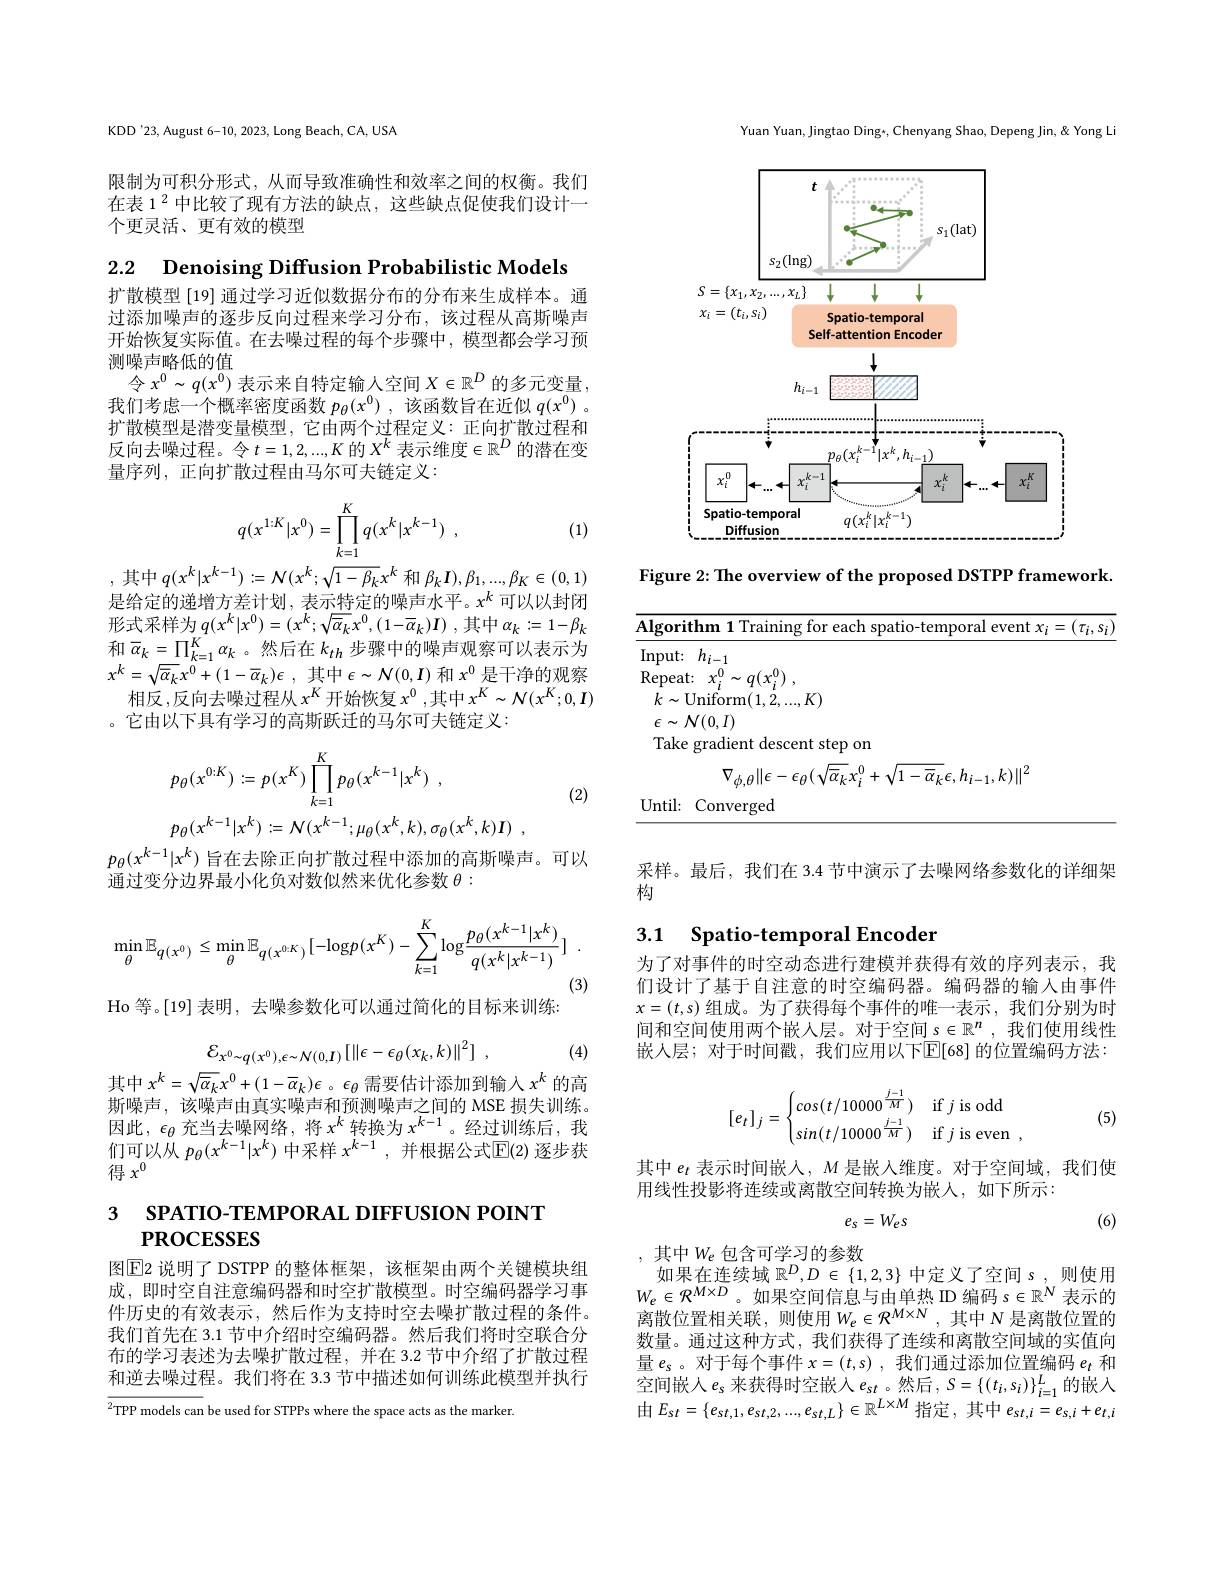
KDD'23, August 6-10, 2023, Long Beach, CA, USA

限制为可积分形式，从而导致准确性和效率之间的权衡。我们在表 1$^{2}$中比较了现有方法的缺点，这些缺点促使我们设计一个更灵活、更有效的模型

2.2 Denoising Diffusion Probabilistic Models

扩散模型 [19] 通过学习近似数据分布的分布来生成样本。通过添加噪声的逐步反向过程来学习分布，该过程从高斯噪声开始恢复实际值。在去噪过程的每个步骤中，模型都会学习预测噪声略低的值
令$x^0\sim q(x^0)$表示来自特定输人空间$X\in\mathbb{R}^D$的多元变量， 我们考虑一个概率密度函数$p_\theta(x^0)$ ,该函数旨在近似$q(x^0)$ 。扩散模型是潜变量模型，它由两个过程定义：正向扩散过程和反向去噪过程。令$t=1,2,...,K$的$X^k$表示维度$\in\mathbb{R}^D$的潜在变量序列，正向扩散过程由马尔可夫链定义：
$$q(x^{1:K}|x^0)=\prod\limits_{k=1}^Kq(x^k|x^{k-1})\:,$$
(1)

,其中$q(x^k|x^{k-1}):=\mathcal{N}(x^k;\sqrt{1-\beta_k}x^k$和$\beta_kI),\beta_1,...,\beta_K\in(0,1)$ 是给定的递增方差计划，表示特定的噪声水平。$x^k$可以以封闭形式采样为$q( x^k| x^0) = ( x^k; \sqrt {\overline {\alpha }_k}x^0, ( 1- \overline {\alpha }_k) I)$ ,其中$\alpha_k:=1-\beta_k$ 和$\overline{\alpha}_k=\prod_{k=1}^K\alpha_k$ 。然后在$k_{th}$步骤中的噪声观察可以表示为$x^{k}= \sqrt {\overline {\alpha }_{k}}x^{0}+ ( 1- \overline {\alpha }_{k}) \epsilon$ , $\underset {\nu }{\operatorname* { \operatorname* { \text{其 中 }} } }\epsilon \sim \mathcal{N} ( 0, I)$ 和 $x^{0}$ $\underset {\nu }{\operatorname* { \operatorname* { \operatorname* { \operatorname* { \operatorname* { \operatorname* { = } } } } } } }$
相反，反向去噪过程从$x^K$开始恢复$x^0$,其中$x^K\sim\mathcal{N}(x^K;0,I)$
。它由以下具有学习的高斯跃迁的马尔可夫链定义：
$$\begin{aligned}&p_{\theta}(x^{0:K}):=p(x^{K})\prod_{k=1}^{K}p_{\theta}(x^{k-1}|x^{k})\:,\\&p_{\theta}(x^{k-1}|x^{k}):=\mathcal{N}(x^{k-1};\mu_{\theta}(x^{k},k),\sigma_{\theta}(x^{k},k)I)\:,\end{aligned}$$
(2)

$p_\theta(x^{k-1}|x^k)$旨在去除正向扩散过程中添加的高斯噪声。可以
通过变分边界最小化负对数似然来优化参数$\theta:$
$$\min_{\theta}\mathbb{E}_{q(x^{0})}\leq\min_{\theta}\mathbb{E}_{q(x^{0:K})}[-\log p(x^{K})-\sum_{k=1}^{K}\log\frac{p_{\theta}(x^{k-1}|x^{k})}{q(x^{k}|x^{k-1})}]\:.$$
Ho 等。[19] 表明，去噪参数化可以通过简化的目标来训练：
$$\mathcal{E}_{x^0\sim q(x^0),\epsilon\sim\mathcal{N}(0,I)}[\|\epsilon-\epsilon_\theta(x_k,k)\|^2]\:,$$
(4)

其中$x^k=\sqrt{\overline{\alpha}_k}x^0+(1-\overline{\alpha}_k)\epsilon$ 。$\epsilon_\theta$需要估计添加到输入$x^k$的高斯噪声，该噪声由真实噪声和预测噪声之间的 MSE 损失训练。因此$,\epsilon_\theta$充当去噪网络，将$x^k$转换为$x^k-1$。经过训练后，我们可以从$p_\theta(x^k-1|x^k)$中采样$x^k-1$,并根据公式$\mathbb{E}(2)$逐步获得$x^0$

## 3 SPATIO-TEMPORAL DIFFUSION POINT $PROCESSES$

图$\boxed{\mathrm{E}}$2 说明了 DSTPP 的整体框架，该框架由两个关键模块组成，即时空自注意编码器和时空扩散模型。时空编码器学习事件历史的有效表示，然后作为支持时空去噪扩散过程的条件。我们首先在 3.1 节中介绍时空编码器。然后我们将时空联合分布的学习表述为去噪扩散过程，并在 3.2 节中介绍了扩散过程和逆去噪过程。我们将在 3.3 节中描述如何训练此模型并执行

$^{2}$TPP models can be used for STPPs where the space acts as the marker.

Yuan Yuan, Jingtao Ding*, Chenyang Shao, Depeng Jin, & Yong Li

<FigureHere>

Figure 2: The overview of the proposed DSTPP framework.

<table>
	<tbody>
		<tr>
			<th>$\mathbf{A}\mathbf{I}$</th>
			<th>Algorithm 1 Training for each spatio-temporal</th>
			<th>aining for each spatio-temporal event $x_i=(\tau_i,s_i)$</th>
		</tr>
		<tr>
			<td>$Ir$</td>
			<td>$Input:$ $h_{i-1}$</td>
			<td> </td>
		</tr>
		<tr>
			<td> </td>
			<td>Take gradient descent step on $\nabla_{\phi\:\theta}\|\epsilon-\epsilon_{\theta}(\sqrt{\overline{\alpha}_{k}}x_{i}^{0}+\sqrt{1-\overline{\alpha}_{k}}\epsilon,h_{i}.$</td>
			<td>descent step on $\|\epsilon-\epsilon_{\theta}(\sqrt{\overline{\alpha}_{k}}x_{i}^{0}+\sqrt{1-\overline{\alpha}_{k}}\epsilon,h_{i-1},k)\|^{2}$</td>
		</tr>
		<tr>
			<td>$U$</td>
			<td>$Until:$ Converged</td>
			<td> fed</td>
		</tr>
	</tbody>
</table>

采样。最后，我们在 3.4 节中演示了去噪网络参数化的详细架
构

### 3.1 Spatio-temporal Encoden

为了对事件的时空动态进行建模并获得有效的序列表示，我们设计了基于自注意的时空编码器。编码器的输入由事件$x=(t,s)$组成。为了获得每个事件的唯一表示，我们分别为时间和空间使用两个嵌人层。对于空间$s\in\mathbb{R}^n$,我们使用线性嵌人层；对于时间戳，我们应用以下$\overline{\mathbb{E}}[68]$ 的位置编码方法：
$$[e_t]_j=\begin{cases}cos(t/10000^{\frac{j-1}{M}})&\text{if}j\text{is odd}\\sin(t/10000^{\frac{j-1}{M}})&\text{if}j\text{is even}\:,\end{cases}$$
(5)

其中$e_t$表示时间嵌人，$M$是嵌入维度。对于空间域，我们使
用线性投影将连续或离散空间转换为嵌人，如下所示：
$$e_{s}=W_{es}$$
(6)

,其中$W_e$包含可学习的参数
如 果 在 连 续 域 $\mathbb{R} ^{D}, D\in \{ 1, 2, 3\}$中 定 义 了 空 间 $s$,则 使 用 $W_{e}\in \mathcal{R} ^{M\times D}$。如 果 空 间 信 息 与 由 单 热 ID 编 码 $s\in \mathbb{R} ^{N}$ 表 示 的

离散位置相关联，则使用$W_e\in\mathcal{R}^{M\times N}$,其中 N 是离散位置的数量。通过这种方式，我们获得了连续和离散空间域的实值向量$e_\mathrm{s}$。对于每个事件$x=(t,s)$,我们通过添加位置编码$e_t$和空间嵌人$e_s$ 来获得时空嵌入$e_st$。然后$,S=\{(t_i,s_i)\}_i=1^L$的嵌人由$E_{st}=\{e_{st,1},e_{st,2},...,e_{st,L}\}\in\mathbb{R}^{L\times M}$指定，其中$e_st,i=e_{s,i}+e_{t,}$